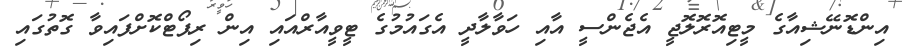
އިންޑޮނޭޝިއާގެ މީޓިއޮރޮލޮޖީ އެޖެންސީ އާއި ހަވާލާދީ އެގައުމުގެ ޓީވީއާރްއައި އިން ރިޕޯޓްކޮށްފައިވާ ގޮތުގައި